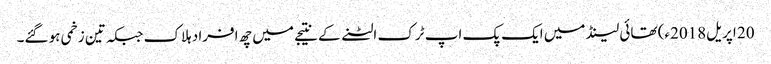
20 اپریل2018ء) تھائی لینڈ میں ایک پک اپ ٹرک الٹنے کے نتیجے میں چھ افراد ہلاک جبکہ تین زخمی ہو گئے۔